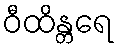
ဝီထိန္တရေ